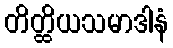
တိတ္ထိယသမာဒါနံ